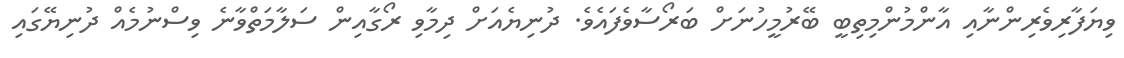
ވިޔަފާރިވެރިންނާއި އާންމުންމިތިބީ ބޭރުމީހުނަށް ބަރޯސާވެފައެވެ. ދުނިޔެއަށް ދިމާވި ރޯގާއިން ސަލާމަތްވާނެ ވިސްނުމެއް ދުނިޔޭގައި